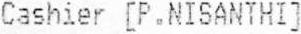
CASHIER [P.NISANTHI]